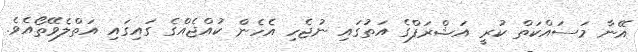
އޭނާ މަސައްކަތް ކުރީ އަޝްރަފްގެ އަތުގައި ނުޖެހި އެހެން ކުއްޖެއްގެ ގައިގައި އަތްލެވޭތޯއެވެ.